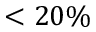
< 2 0 \%